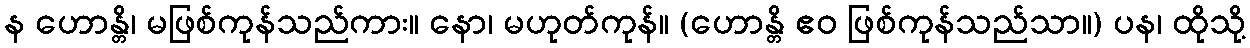
န ဟောန္တိ၊ မဖြစ်ကုန်သည်ကား။ နော၊ မဟုတ်ကုန်။ (ဟောန္တိ ဧဝ ဖြစ်ကုန်သည်သာ။) ပန၊ ထိုသို့